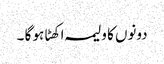
دونوں کا ولیمہ اکھٹا ہو گا ۔